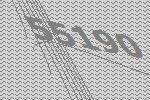
55190